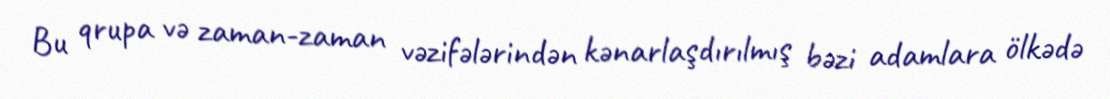
Bu qrupa və zaman-zaman vəzifələrindən kənarlaşdırılmış bəzi adamlara ölkədə